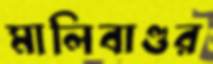
মালিবাগুর